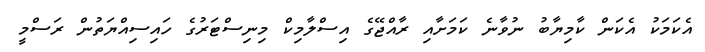
އެކަމަކު އެކަން ކާމިޔާބު ނުވާނެ ކަމަށާއި ރާއްޖޭގެ އިސްލާމިކް މިނިސްޓަރުގެ ހައިސިއްޔަތުން ރަސްމީ